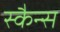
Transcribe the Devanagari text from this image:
स्कैन्स